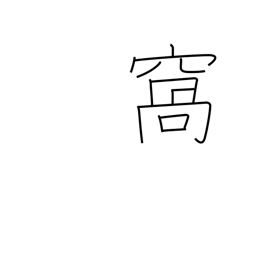
Meaning: pouch